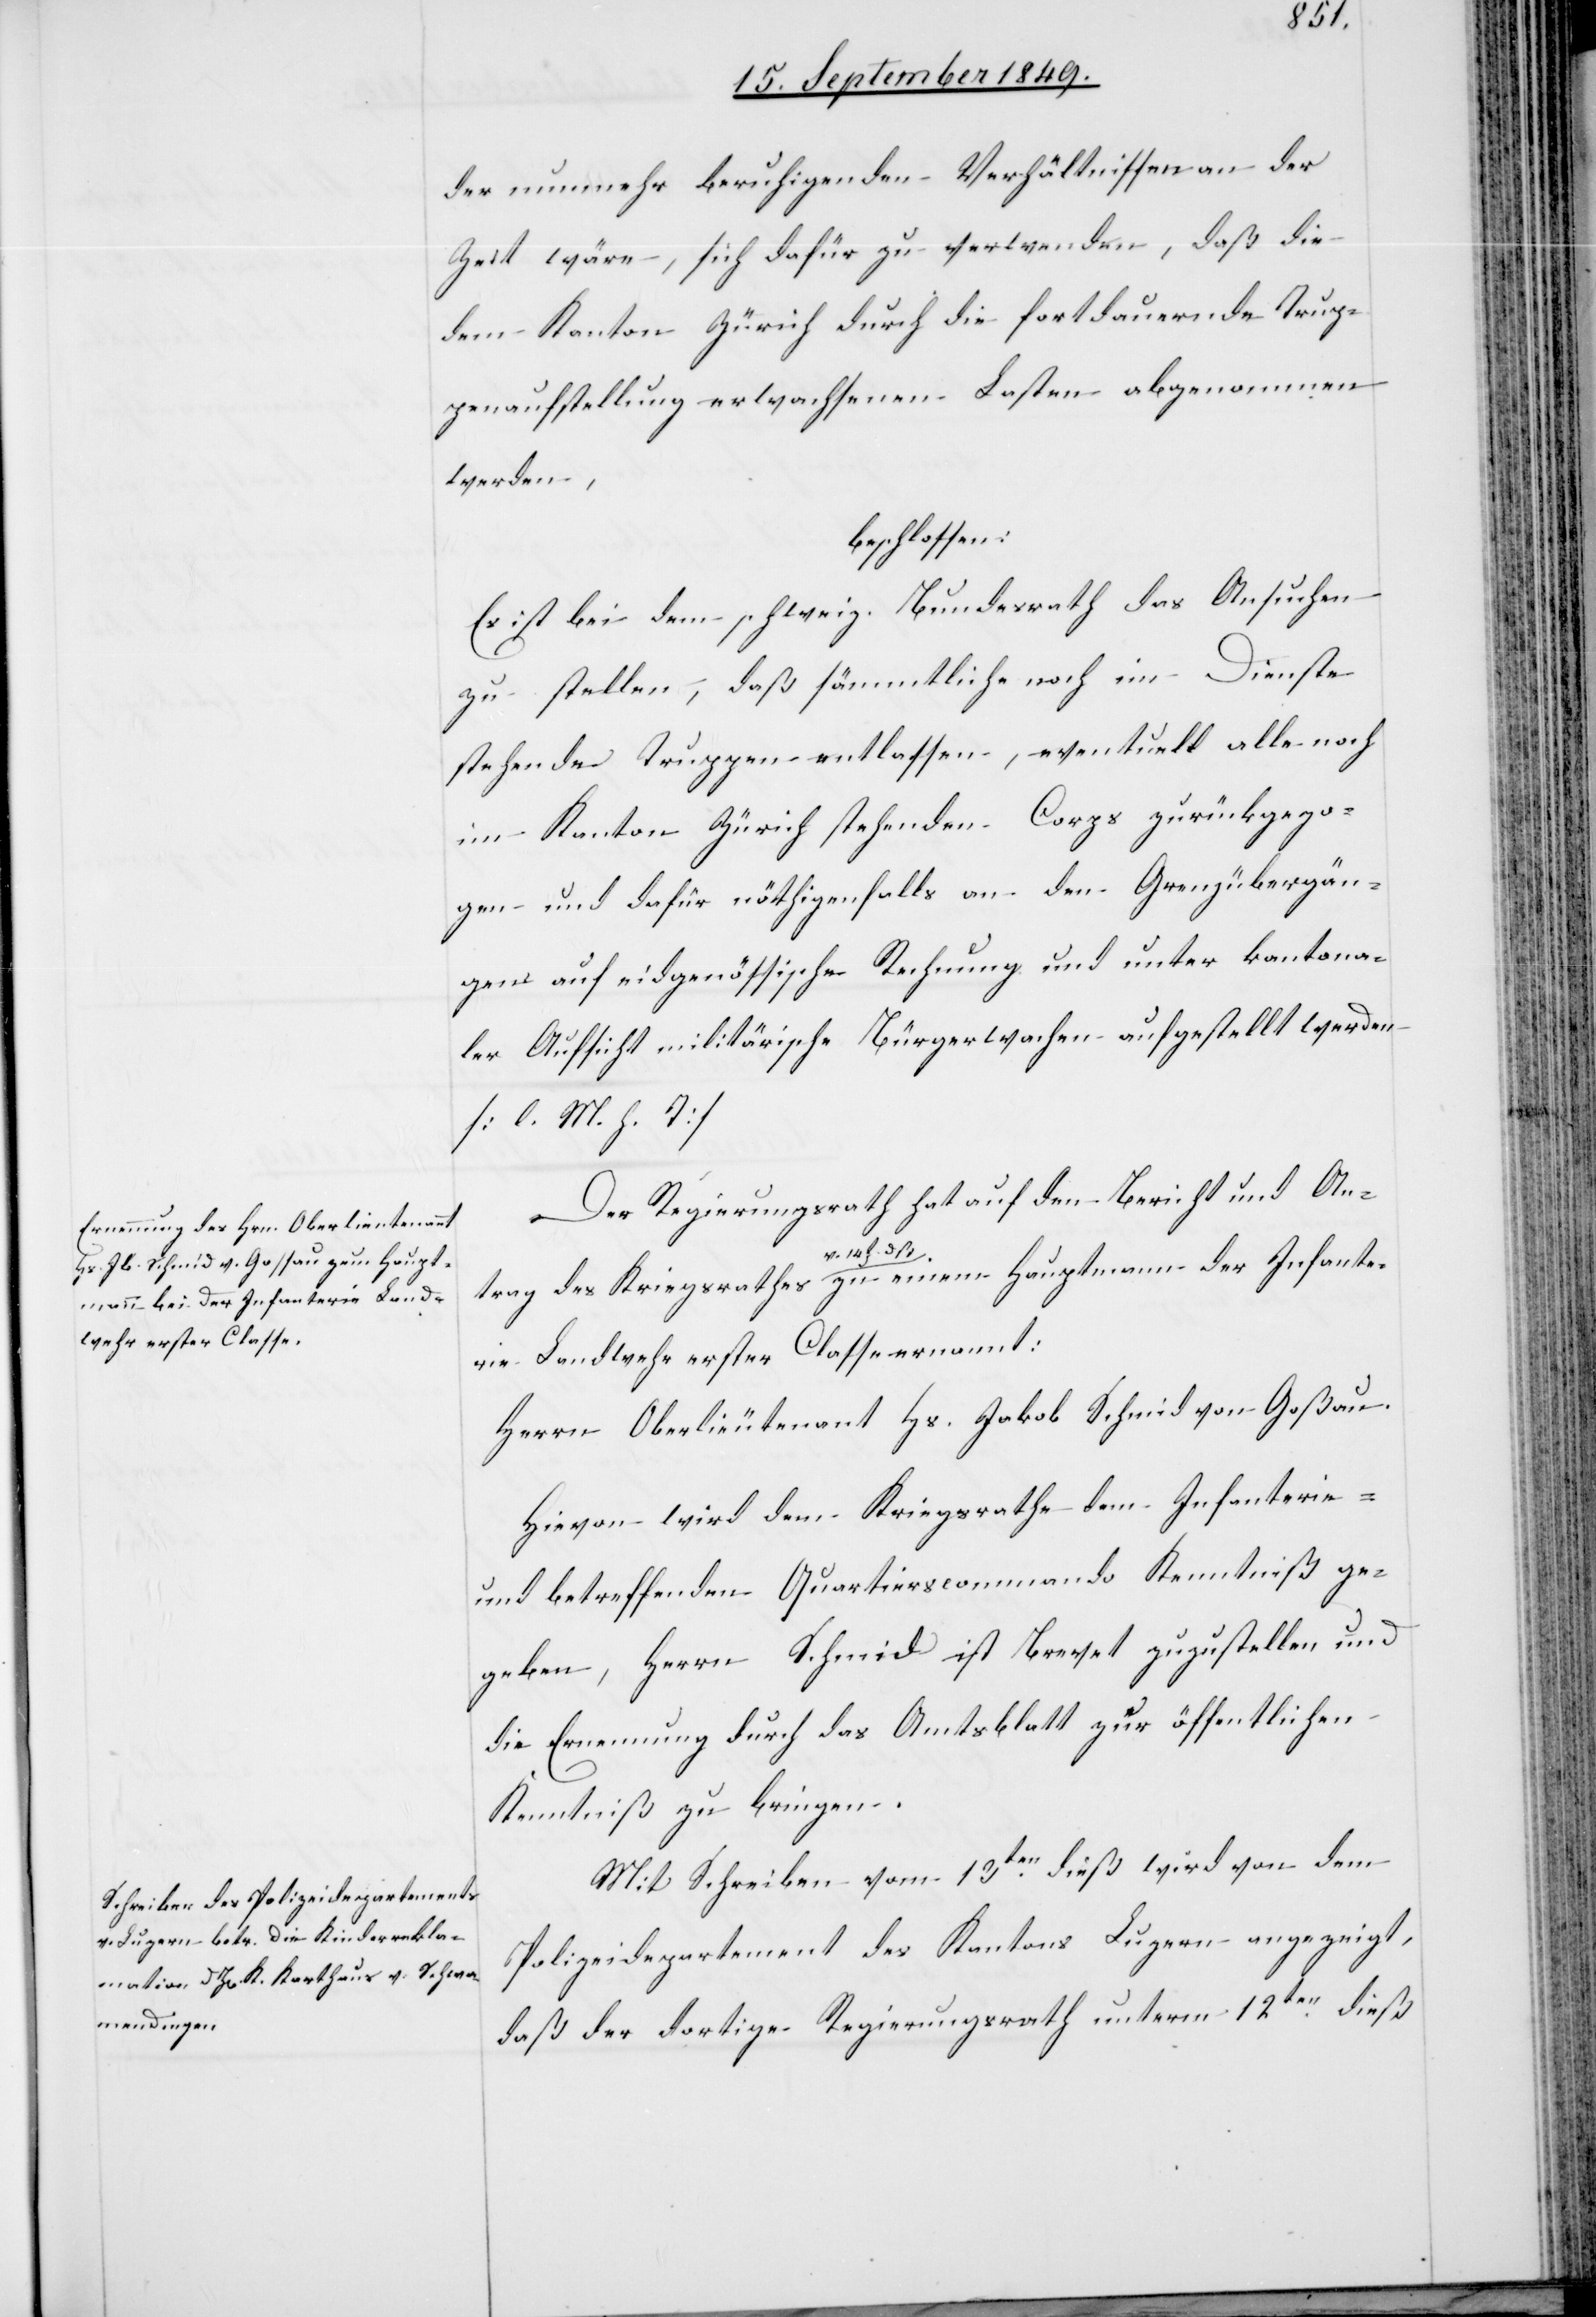
der nunmehr beruhigenden Verhältnissen an der
Zeit wäre, sich dafür zu verwenden, daß die
dem Kanton Zürich durch die fortdauernde Trup¬
penaufstellung erwachsenen Lasten abgenommen
werden,
beschlossen:
Es ist bei dem schweiz. Bundesrath das Ansuchen
zu stellen, daß sämmtliche noch im Dienste
stehende Truppen entlassen, eventuell alle noch
im Kanton Zürich stehenden Corps zurückgezo¬
gen und dafür nöthigenfalls an den Grenzübergän¬
gen auf eidgenössische Rechnung und unter kantona¬
ler Aufsicht militärische Bürgerwachen aufgestellt werden
[l. M. h. T][.]
Der Regierungsrath hat auf den Bericht und Ant¬
Infant¬
erie Landwehr erster Classe ernannt:
Herrn Oberlieutenant Hs. Jakob Schmid von Goßau.
Hievon wird dem Kriegsrathe dem Infanterie-
und betreffenden Quartierscommando Kenntniß ge¬
geben, Herrn Schmid ist Brevet zuzustellen und
die Ernennung durch das Amtsblatt zur öffentlichen
Kenntniß zu bringen.
Mit Schreiben vom 13ten dieß wird von dem
Polizeidepartement des Kantons Luzern angezeigt,
daß der dortige Regierungsrath unterm 12ten dieß